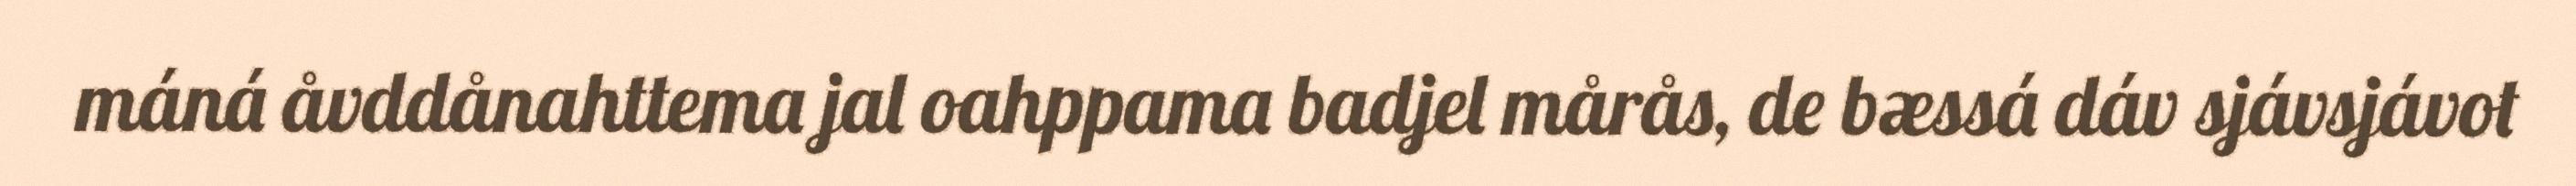
máná åvddånahttema jal oahppama badjel mårås, de bæssá dáv sjávsjávot